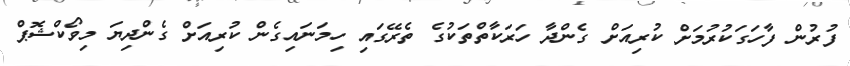
ފުރުން ފާހަގަކުރުމަށް ކުރިއަށް ގެންދާ ހަރަކާތްތަކުގެ ތެރޭގައި ހިމަނައިގެން ކުރިއަށް ގެންދިޔަ މިވޯކްޝޮޕް